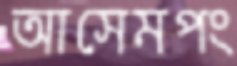
আসেমপং